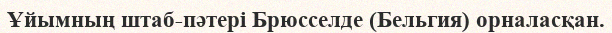
Ұйымның штаб-пәтері Брюсселде (Бельгия) орналасқан.